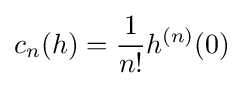
c_{n}(h)={\frac {1}{n!}}h^{(n)}(0)